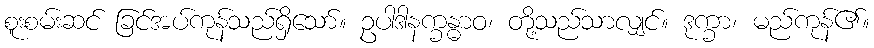
စူးစမ်းဆင် ခြင်အပ်ကုန်သည်ရှိသော်။ ဥပါဒါနက္ခန္ဓာဝ၊ တို့သည်သာလျှင်။ ဒုက္ခာ၊ မည်ကုန်၏။